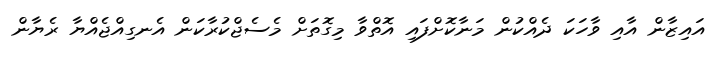
އައިޒާން އާއި ވާހަކަ ދެއްކުން މަނާކޮށްފައި އޮތްވާ މިގޮތަށް މެސެޖްކުރާކަން އެނގިއްޖެއްޔާ ރެޔާން